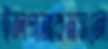
ইলগনারমসলে